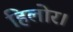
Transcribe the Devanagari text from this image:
हिलोर।